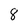
Character: 8